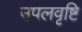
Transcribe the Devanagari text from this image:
उपलवृष्टि